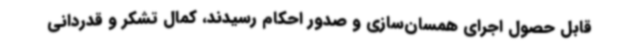
قابل حصول اجرای همسان‌سازی و صدور احکام رسیدند، کمال تشکر و قدردانی